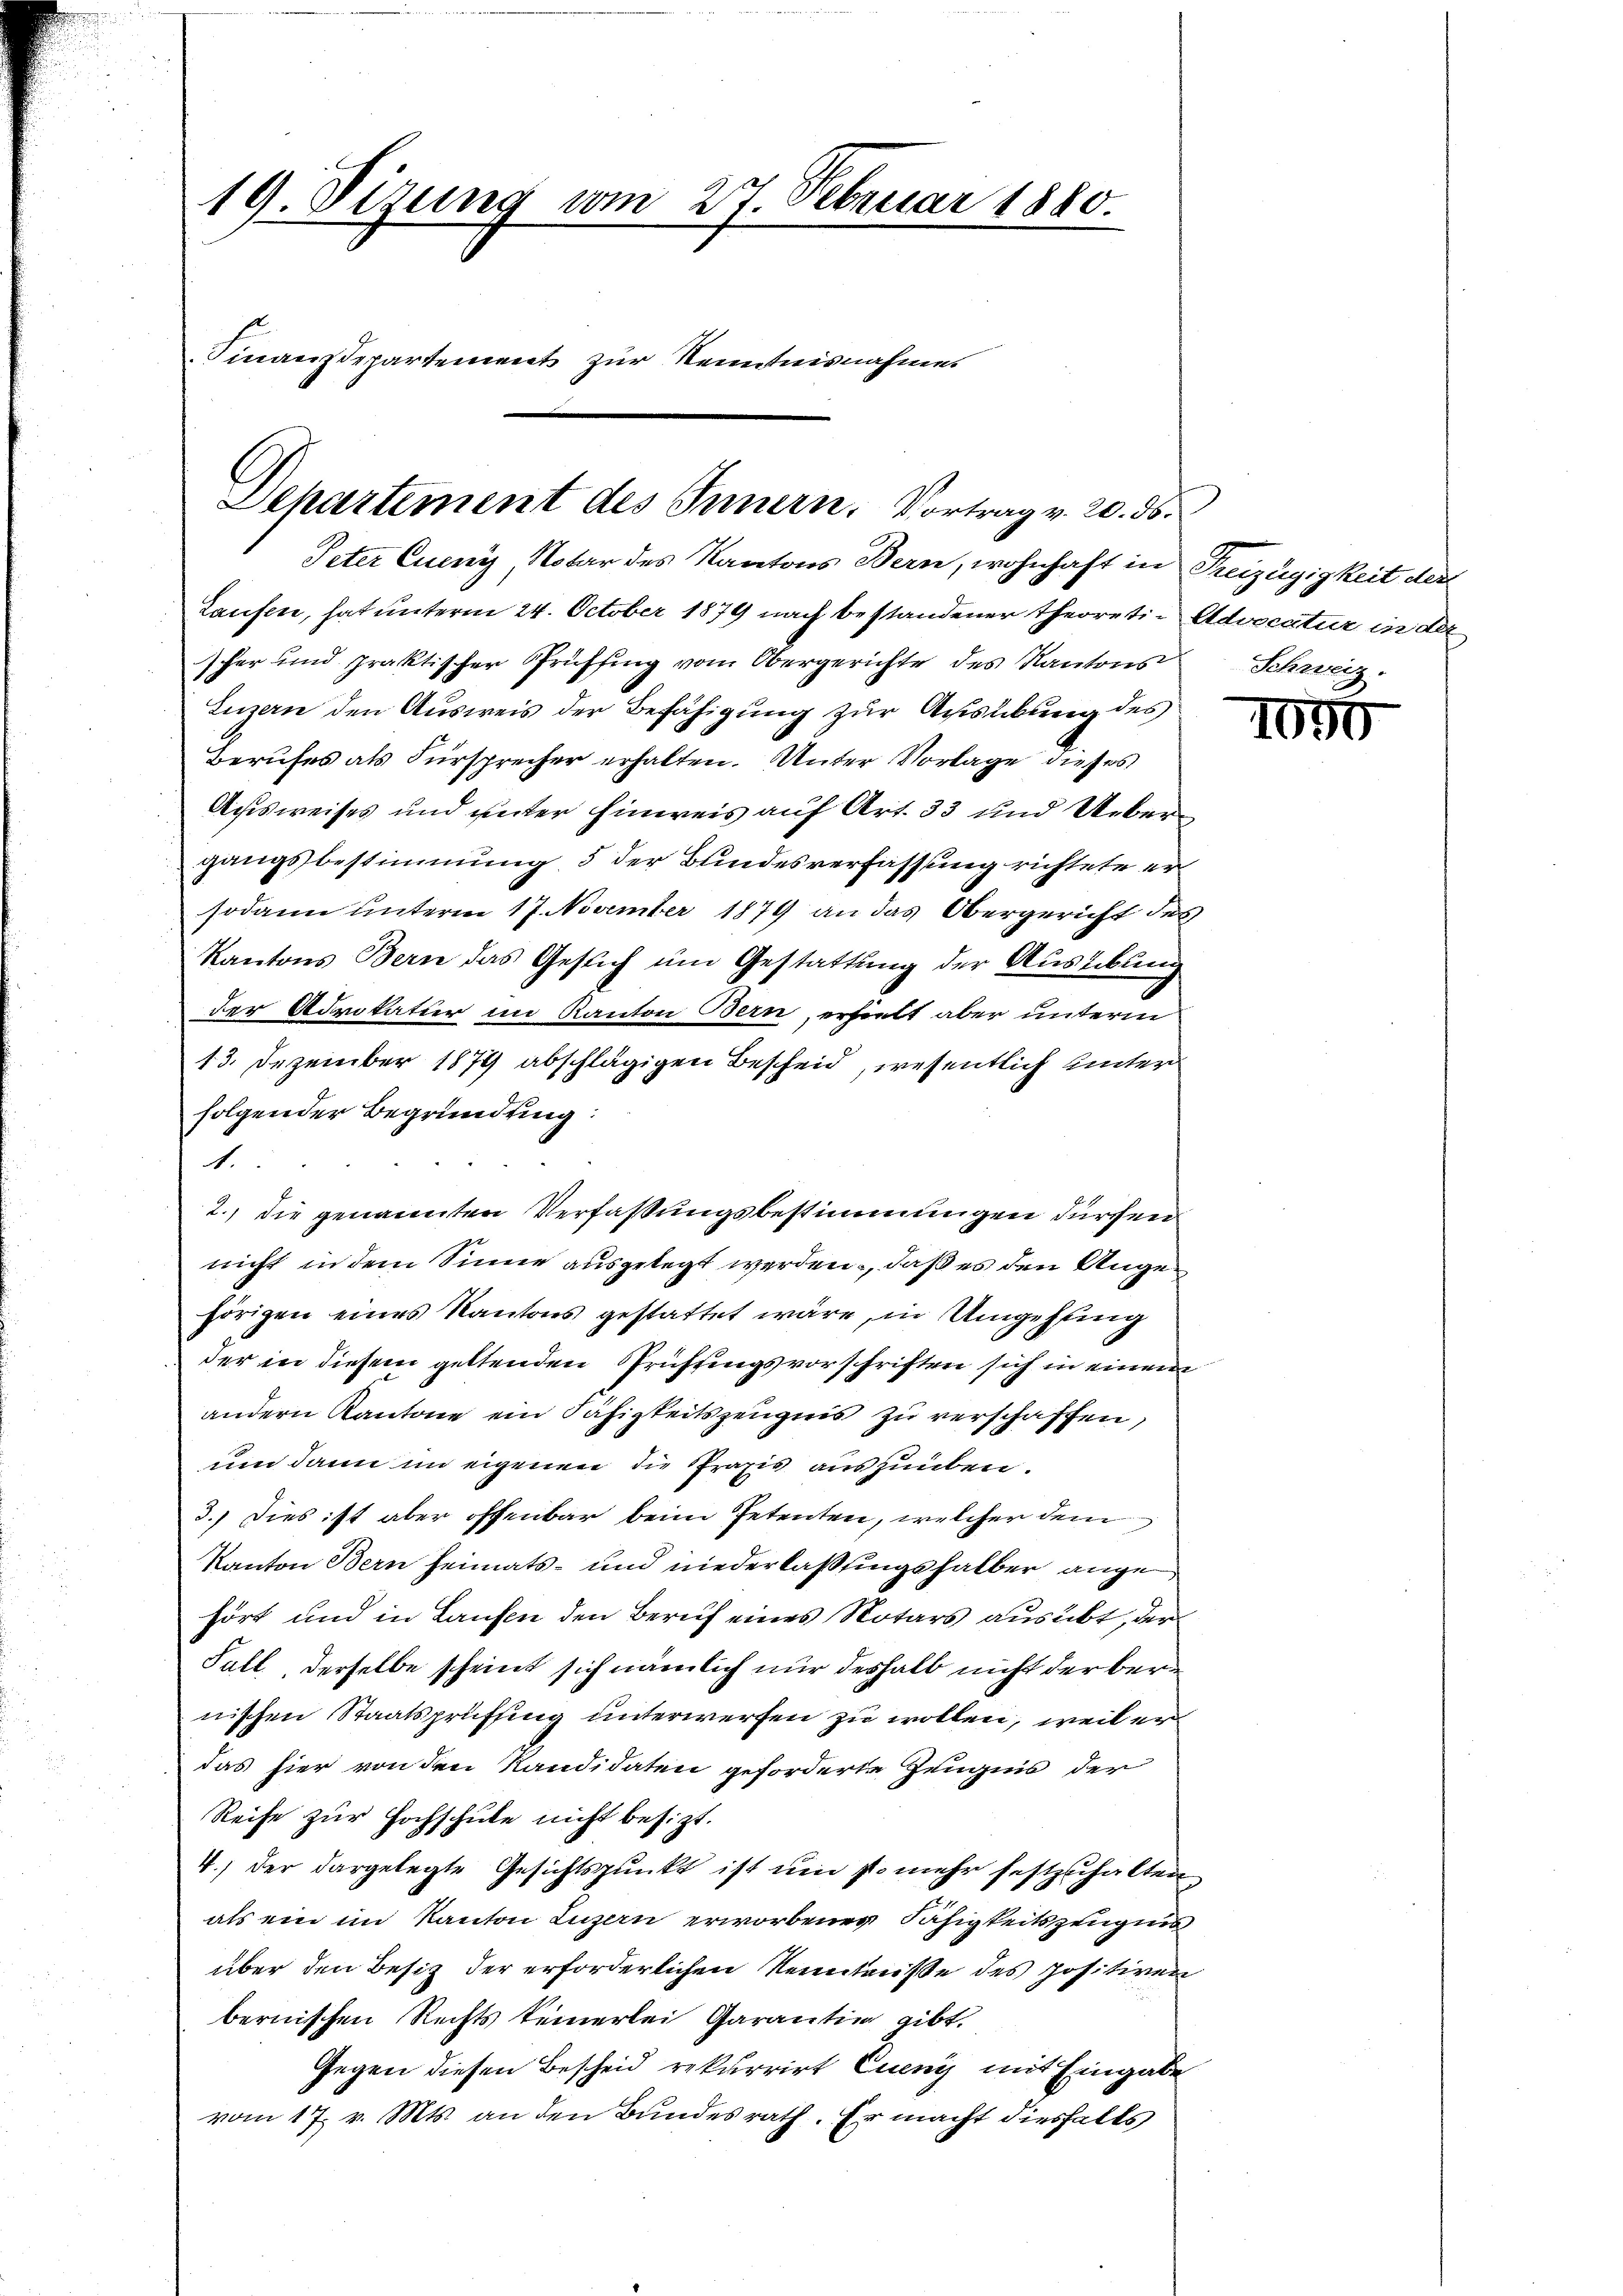
19. Sizung vom 27. Februar 1880.
Finanzdepartement zur Kenntnisnahme

Departement des Innern. Vortrag v. 20. ds.
Peter Queny, Notar des Kantons Bern, wohnhaft in Freizügigkeit der

Laufen, hat unterm 24. October 1879 nach bestandener theoreti- Advocatur in der
scher und praktischer Prüffing vom Obergerichte des Kantons Schweiz.
Luzern den Ausweis der Befähigung zur Ausübung des
Berufes als Fürsprecher erhalten. Unter Vorlage dieses
Ausweises und unter hinweis auf Art. 33 und Uebergangsbestimmung, 5 der Bundesverfassung richtete er
sodann unterm 17. November 1879 an das Obergericht des
Kantons Bern das Gesuch um Gestattung der Aushebung
der Advokatier im Kanton Bern, erhielt aber unterm
13. Dezember 1879 abschlägigen Bescheid, wesentlich unter
folgender Begründung:
1.
2.) die genannten Verfaßungsbestimmungen durchen
nicht in dem Sinne ausgelegt werden, daß es den Angehörigen eines Kantons gestattet wäre, in Umgehung
der in diesem geltenden Prüffingsvorschriften sich in einem
andern Kantone ein Fähigkeitszeugnis zu verschaffen,
un dann im eigenen die Praxis auszuüben.
3.) Dies ist aber offenbar beim Petenten, welcher dem
Kanton Bern heimats- und niederlaßungshalber ange
hört und in Laufen den Beruf eines Notars ausübt, der
Fall, derselbe scheint sich nämlich nur deshalb nicht der bernischen Staatsprüfing unterwerfen zu wollen, weil er
das hier von den Kandidaten geforderte Zeugnis der
Reife zur Hochschule nicht besizt.
4.) der dargelegte Gesichtspunkt ist um so mehr festzuhalten
als ein im Kanton Luzern erworbener Fähigkeitszeugnis
über den Besitz der erforderlichen Kenntnisse des positiven
bernischen Rechts keinerlei Garantin gibt.
Gegen diesen Bescheid rekurrirt Eueny mit Eingabe
vom 17. v. Mts. an den Bundesrath. Er macht diesfalls

1050